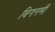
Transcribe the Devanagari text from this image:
बिगनमी